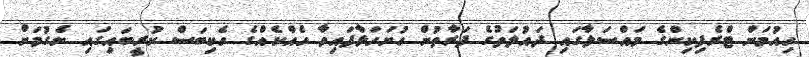
ހިއުމަން ޓްރެފިކިންގެ މައްސަލާގައި ދައުލަތުގެ ފަރާތުން ހުށަހަޅާފައިވާ ހެއްކެއްގެ ހެކިބަސް ކުރީބައިގައި ނެގުމަށް